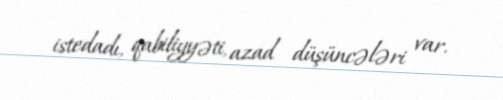
istedadı, qabiliyyəti, azad düşüncələri var.